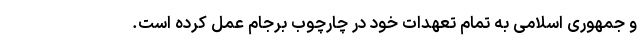
و جمهوری اسلامی به تمام تعهدات خود در چارچوب برجام عمل کرده است.